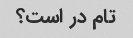
تام در است؟